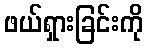
ဖယ်ရှားခြင်းကို